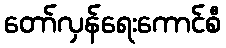
တော်လှန်ရေးကောင်စီ